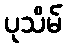
ပုသိမ်